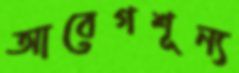
আবেগশূন্য